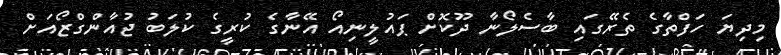
މިދިޔަ ހަފްތާގެ ތެރޭގައި ބާސެލޯނާ ދޫކޮށް ޕައުލީނިއޯ އޭނާގެ ކުރީގެ ކުލަބު ޖުއާންގްޒޯއަށް